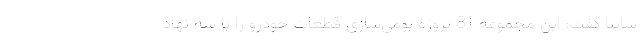
سايپا گفت: اين مجموعه 81 پروژه بومي‌سازي قطعات خودرو را با سه نهاد